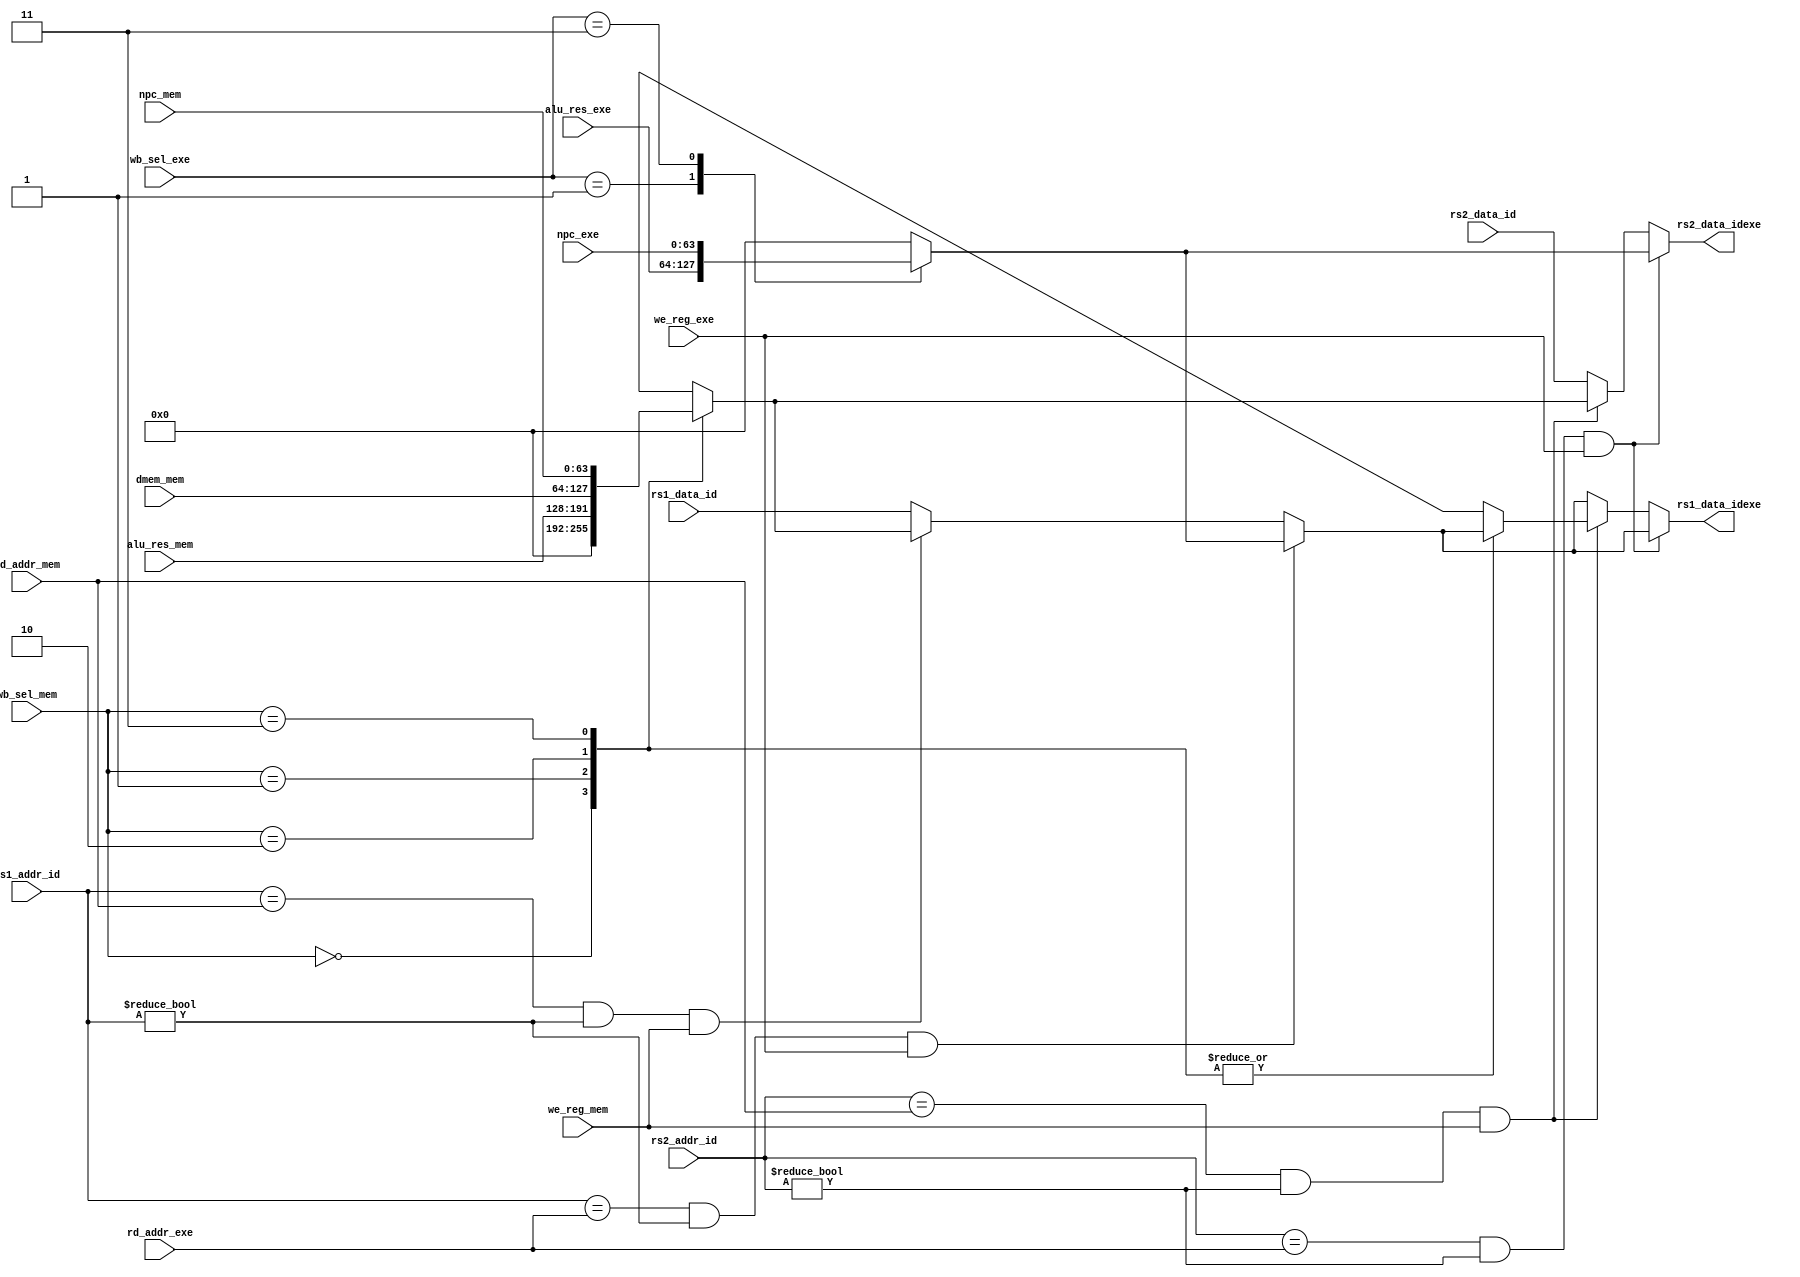
module ForwardingUnit(
    input [4:0]rs1_addr_id,
    input [63:0]rs1_data_id,
    input [4:0]rs2_addr_id,
    input [63:0]rs2_data_id,
    input [4:0]rd_addr_exe,
    input [4:0]rd_addr_mem,

    input [63:0]alu_res_exe,
    input [63:0]npc_exe,
    input [1:0]wb_sel_exe,
    input we_reg_exe,

    input [63:0]alu_res_mem,
    input [63:0]npc_mem,
    input [1:0]wb_sel_mem,
    input we_reg_mem,
    input [63:0]dmem_mem,


    output reg [63:0]rs1_data_idexe,
    output reg [63:0]rs2_data_idexe
);
always@(*) begin
    if (rs1_addr_id == rd_addr_exe && rs1_addr_id != 0 && we_reg_exe == 1) begin
        case(wb_sel_exe) 
            2'b00: rs1_data_idexe = 0;
            2'b01: rs1_data_idexe = alu_res_exe;
            2'b11: rs1_data_idexe = npc_exe;
            default: rs1_data_idexe = 0;
        endcase
    end
    else if (rs1_addr_id == rd_addr_mem && rs1_addr_id != 0 && we_reg_mem == 1) begin
        case(wb_sel_mem) 
            2'b00: rs1_data_idexe = 0;
            2'b01: rs1_data_idexe = alu_res_mem;
            2'b10: rs1_data_idexe = dmem_mem;
            2'b11: rs1_data_idexe = npc_mem;
            default: rs1_data_idexe = 0;
        endcase
    end
    else begin
        rs1_data_idexe = rs1_data_id;
    end

    if (rs2_addr_id == rd_addr_exe && rs2_addr_id != 0 && we_reg_exe == 1) begin
        case(wb_sel_exe) 
            2'b00: rs2_data_idexe = 0;
            2'b01: rs2_data_idexe = alu_res_exe;
            2'b11: rs2_data_idexe = npc_exe;
            default: rs2_data_idexe = 0;
        endcase
    end
    else if (rs2_addr_id == rd_addr_mem && rs2_addr_id != 0 && we_reg_mem == 1) begin
        case(wb_sel_mem) 
            2'b00: rs2_data_idexe = 0;
            2'b01: rs2_data_idexe = alu_res_mem;
            2'b10: rs2_data_idexe = dmem_mem;
            2'b11: rs2_data_idexe = npc_mem;
            default: rs1_data_idexe = 0;
        endcase
    end
    else begin
        rs2_data_idexe = rs2_data_id;
    end
end


endmodule